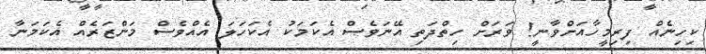
ކިހިނެއް ފިރިމީހާއަށްވާނީ! ވަރަށް ހިތްދަތި އޭނަވެސް އެކަމަކު އެކަހަލަ އެއްވެސް މަންޒަރެއް އެކަމަނާ